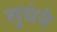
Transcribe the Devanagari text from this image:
सूघंने